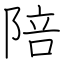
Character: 陪